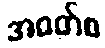
အဝတ်စ